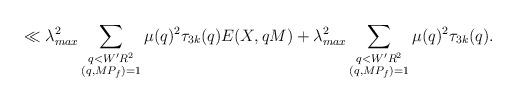
LaTeX: \begin{align*}\ll\lambda^2_{max}\sum_{\substack{q<W^\prime R^2\\(q,MP_f)=1}}\mu(q)^2\tau_{3k}(q)E(X,qM)+\lambda^2_{max}\sum_{\substack{q<W^\prime R^2\\(q,MP_f)=1}}\mu(q)^2\tau_{3k}(q).\end{align*}